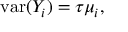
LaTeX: \operatorname { v a r } ( Y _ { i } ) = \tau \mu _ { i } ,